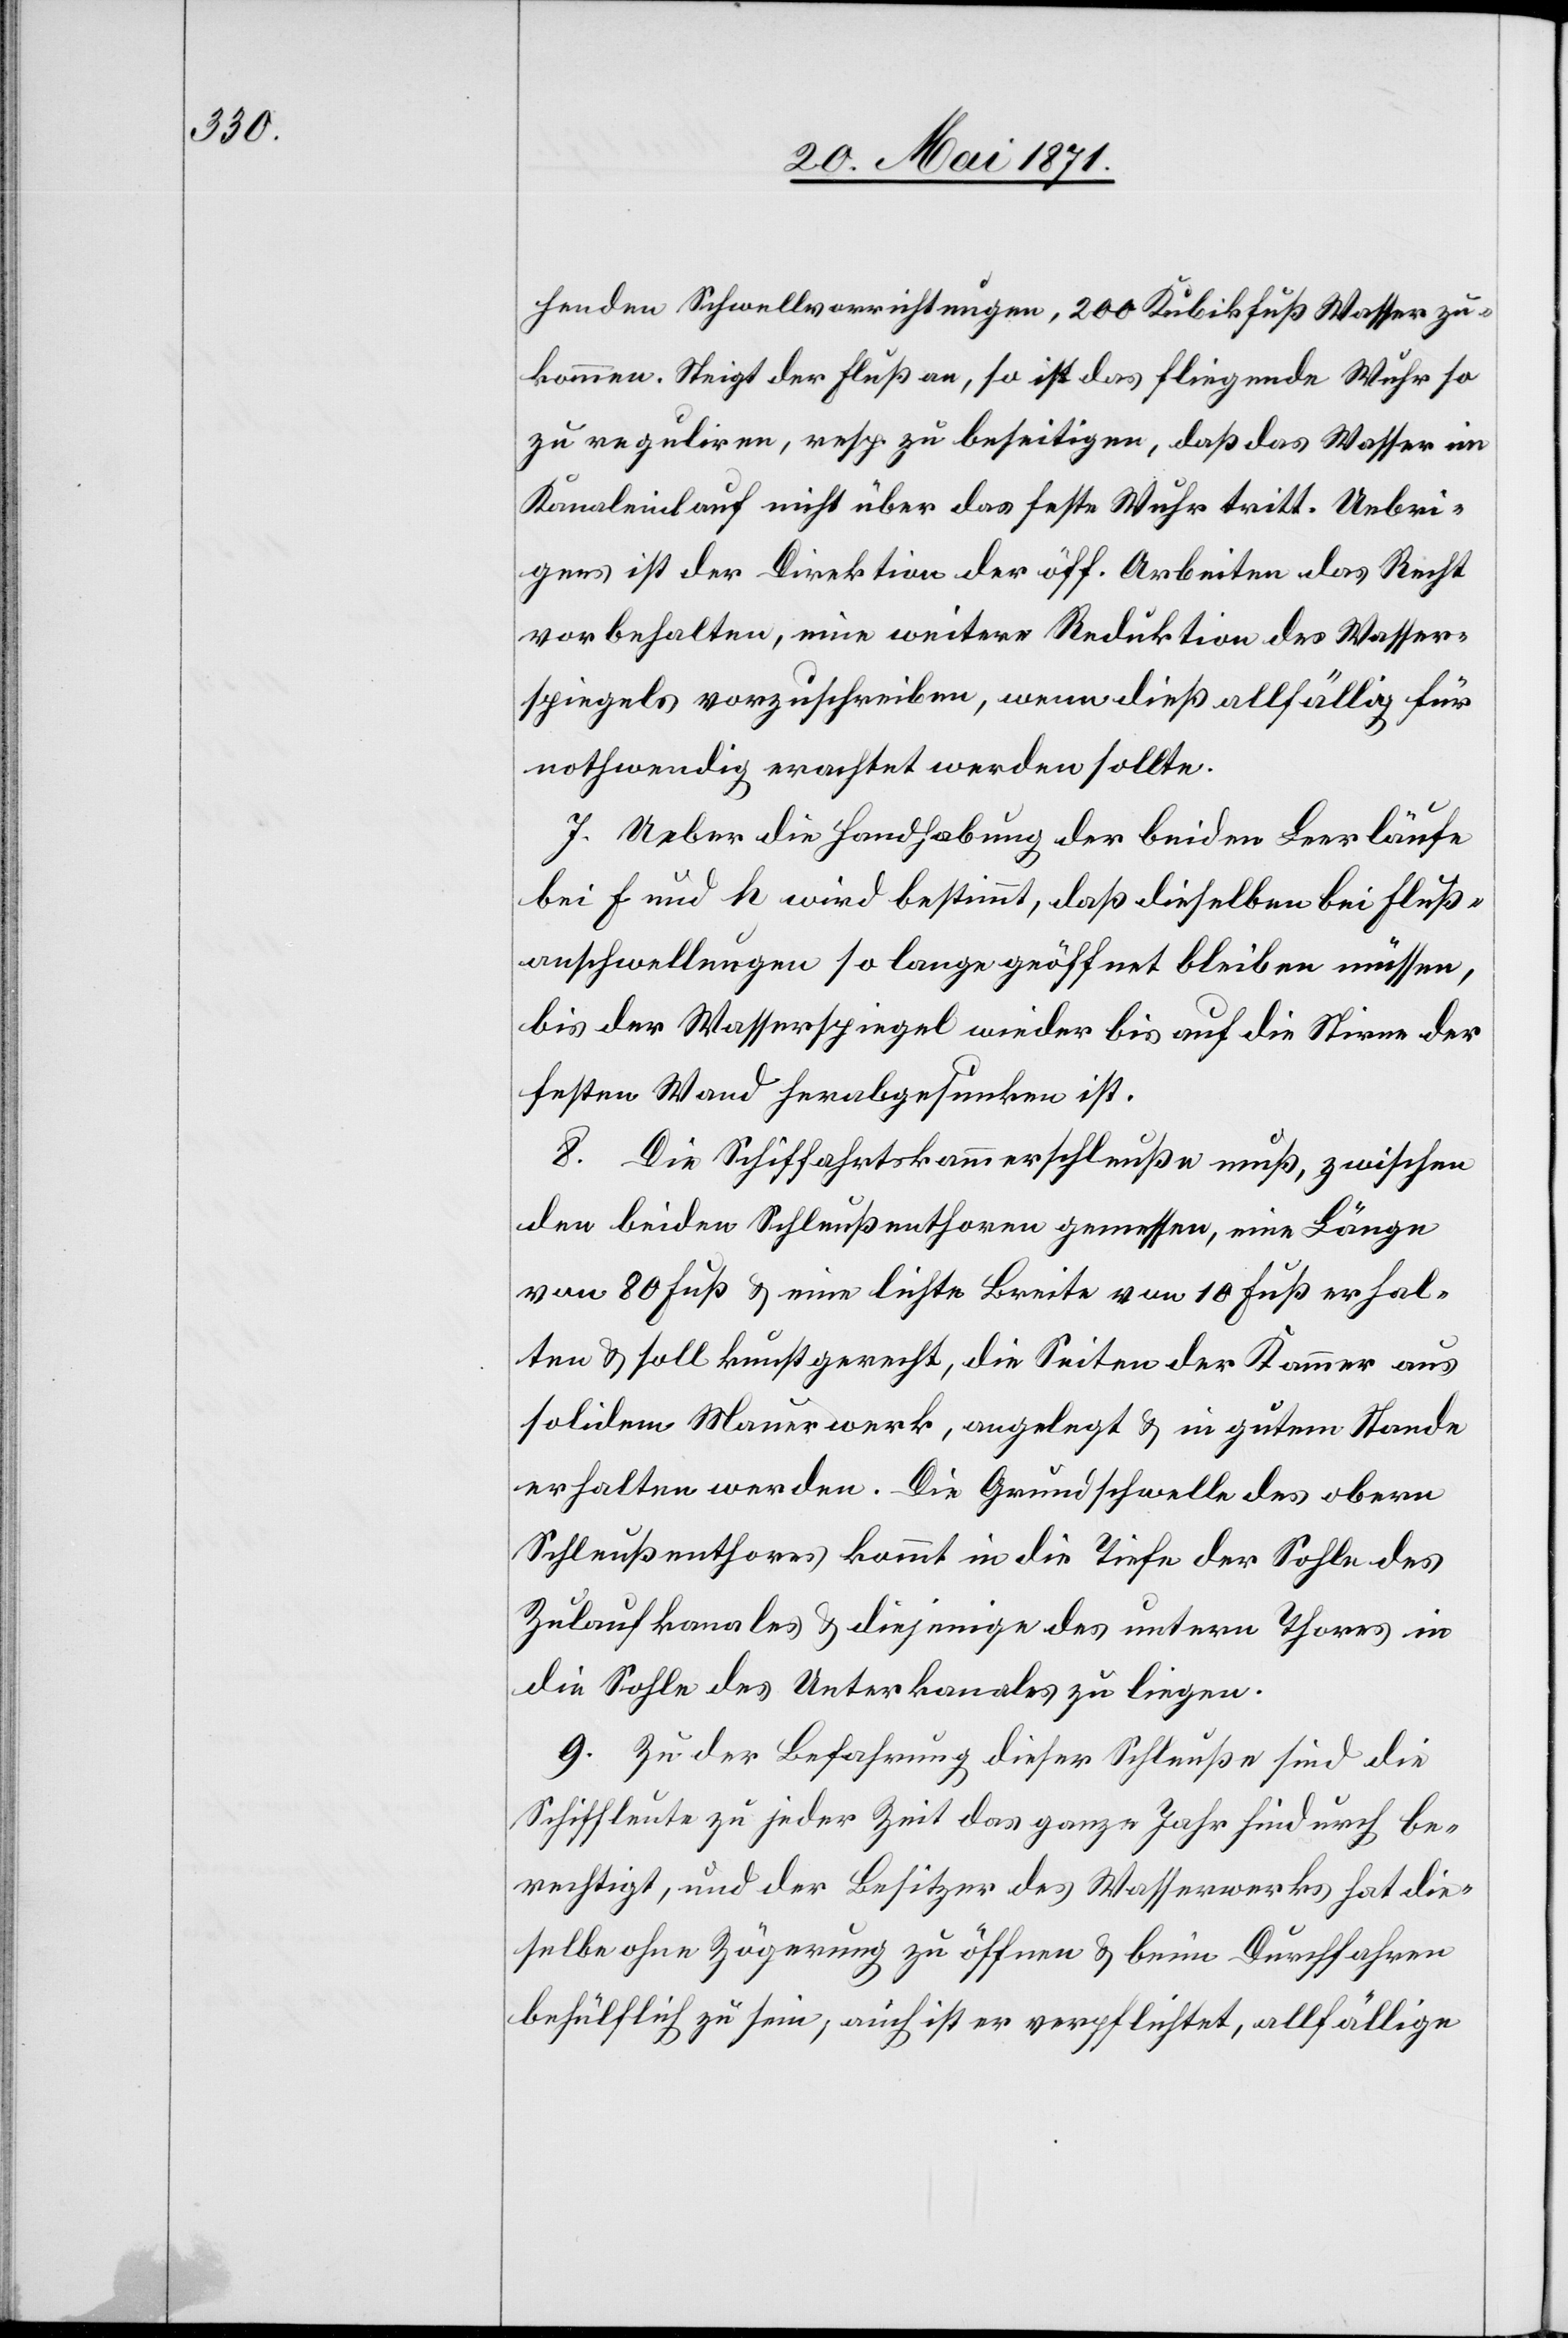
henden Schwellvorrichtungen, 200 Kubikfuß Wasser zu¬
kommen. Steigt der Fluß an, so ist das fliegende Wuhr so
zu reguliren, resp. zu beseitigen, daß das Wasser im
Kanaleinlauf nicht über das feste Wuhr tritt. Uebri¬
gens ist der Direktion der öff. Arbeiten das Recht
vorbehalten, eine weitere Reduktion des Wasser¬
spiegels vorzuschreiben, wenn dieß allfällig für
nothwendig erachtet werden sollte.
7. Ueber die Handhabung der beiden Leerläufe
bei f und h wird bestimmt, daß dieselben bei Fluß¬
anschwellungen so lange geöffnet bleiben müssen,
bis der Wasserspiegel wieder bis auf die Stirne der
festen Wand herabgesunken ist.
8. Die Schiffahrtskammerschleuße muß, zwischen
den beiden Schleußenthoren gemessen, eine Länge
von 80 Fuß u. eine leichte Breite von 10 Fuß erhal¬
ten u. soll kunstgerecht, die Seiten der Kammer aus
solidem Mauerwerk, angelegt u. in gutem Stande
erhalten werden. Die Grundschwelle des obern
Schleußenthores kommt in die Tiefe der Sohle des
Zulaufkanales u. diejenigen des untern Thores in
die Sohle des Unterkanales zu liegen.
9. Zu der Befahrung dieser Schleuße sind die
Schiffleute zu jeder Zeit das ganze Jahr hindurch be¬
rechtigt, und der Besitzer des Wasserwerks hat die¬
selbe ohne Zögerung zu öffnen u. beim Durchfahren
behülflich zu sein, auch ist er verpflichtet, allfällige